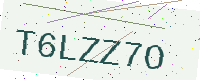
Text: T6LZZ7O